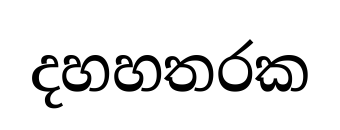
දහහතරක